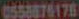
0558876176